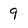
Character: 9